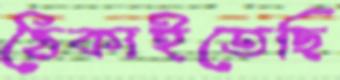
ঠেকাইতেছি